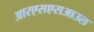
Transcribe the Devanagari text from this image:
आरएसएसआउल